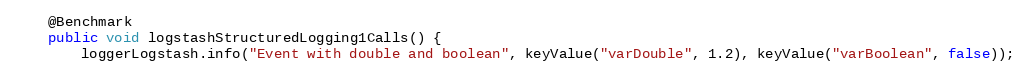
Language: Java
    @Benchmark
    public void logstashStructuredLogging1Calls() {
        loggerLogstash.info("Event with double and boolean", keyValue("varDouble", 1.2), keyValue("varBoolean", false));